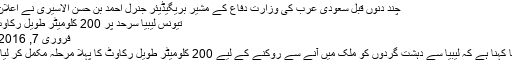
چند دنوں قبل سعودی عرب کی وزارت دفاع کے مشیر بریگیڈیئر جنرل احمد بن حسن الاسیری نے اعلان کیا …
تیونس لیبیا سرحد پر 200 کلومیٹر طویل رکاوٹ مکمل
فروری 7, 2016	234
تیونس کا کہنا ہے کہ لیبیا سے دہشت گردوں کو ملک میں آنے سے روکنے کے لیے 200 کلومیٹر طویل رکاوٹ کا پہلا مرحلہ مکمل کر لیا گیا ہے۔